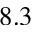
8 . 3